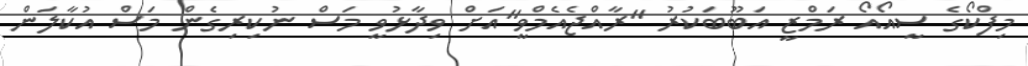
މިފްކޯގެ ސީއޯއޯ ރަމްޒީ އަބޫބަކުރު "ރާއްޖެއެމްވީ"އަށް ވިދާޅުވީ މަސް ނުކިރިގެން މަސް އުކާލަން